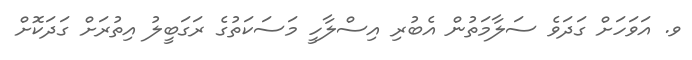
ވ. އަވަހަށް ގަދަވެ ސަލާމަތުން އެބުރި އިސްލާހީ މަސަކަތުގެ ރަގަބީލު އިތުރަށް ގަދަކޮށް